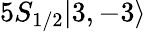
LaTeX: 5S_{1/2}|3,-3\rangle